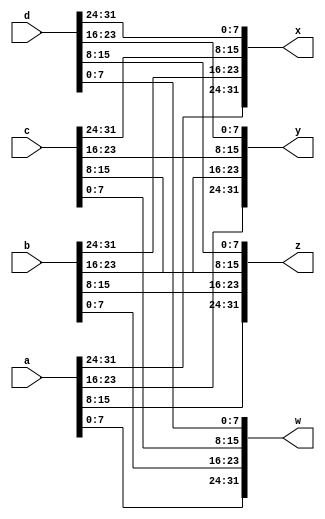
module trans (a,b,c,d,x,y,z,w); 
  input [31:0] a,b,c,d;
  output [31:0] x,y,z,w;
  
  assign x = {a[31:24],b[31:24],c[31:24],d[31:24]};
  assign y = {a[23:16],b[23:16],c[23:16],d[23:16]};
  assign z = {a[15:8],b[15:8],c[15:8],d[15:8]};
  assign w = {a[7:0],b[7:0],c[7:0],d[7:0]};
 
endmodule